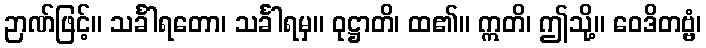
ဉာဏ်ဖြင့်။ သင်္ခါရတော၊ သင်္ခါရမှ။ ဝုဋ္ဌာတိ၊ ထ၏။ ဣတိ၊ ဤသို့။ ဝေဒိတဗ္ဗံ၊